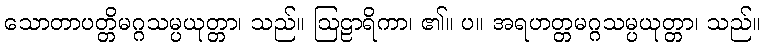
သောတာပတ္တိမဂ္ဂသမ္ပယုတ္တာ၊ သည်။ ဩဠာရိကာ၊ ၏။ ပ။ အရဟတ္တမဂ္ဂသမ္ပယုတ္တာ၊ သည်။